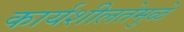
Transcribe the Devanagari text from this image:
कार्यशीलतेमुळे